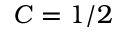
C = 1 / 2